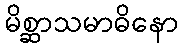
မိစ္ဆာသမာဓိနော